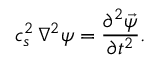
c _ { s } ^ { 2 } \, \nabla ^ { 2 } \boldsymbol { \psi } = \frac { \partial ^ { 2 } \vec { \psi } } { \partial t ^ { 2 } } .